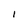
Character: i